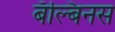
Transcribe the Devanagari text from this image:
बॅल्बिनस